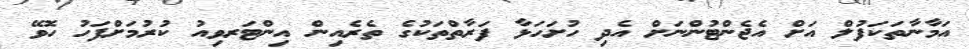
އަމާނާތަކަފުލް އަށް އެޖެންޓުންނަށް އެދި ހުށަހަޅާ ފަރާތްތަކުގެ ތެރެއިން އިންޓަރވިއު ކުރުމަށްފަހު ހޮވޭ